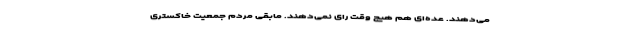
می‌‌دهند. عده‌ای هم هیچ وقت رای نمی‌دهند. مابقی مردم جمعیت خاکستری